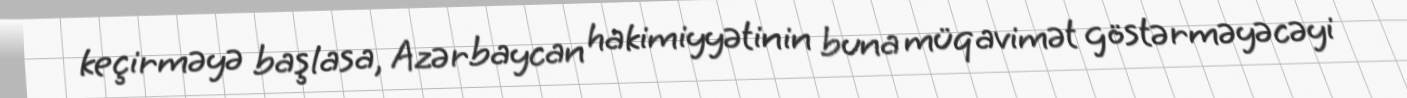
keçirməyə başlasa, Azərbaycan hakimiyyətinin buna müqavimət göstərməyəcəyi